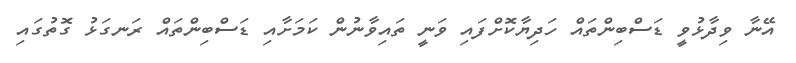
އޭނާ ވިދާޅުވީ ޑަސްބިންތައް ހަދިޔާކޮށްފައި ވަނީ ތައިވާނުން ކަމަށާއި ޑަސްބިންތައް ރަނގަޅު ގޮތުގައި